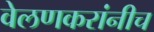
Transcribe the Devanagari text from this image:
वेलणकरांनीच